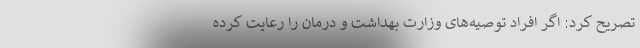
تصریح کرد: اگر افراد توصیه‌های وزارت بهداشت و درمان را رعایت کرده